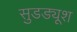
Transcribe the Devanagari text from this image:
सुडड्यूश